Report of an investigation into the causes of malaria in Bombay and the measures necessary for its control
Disease focus: Malaria
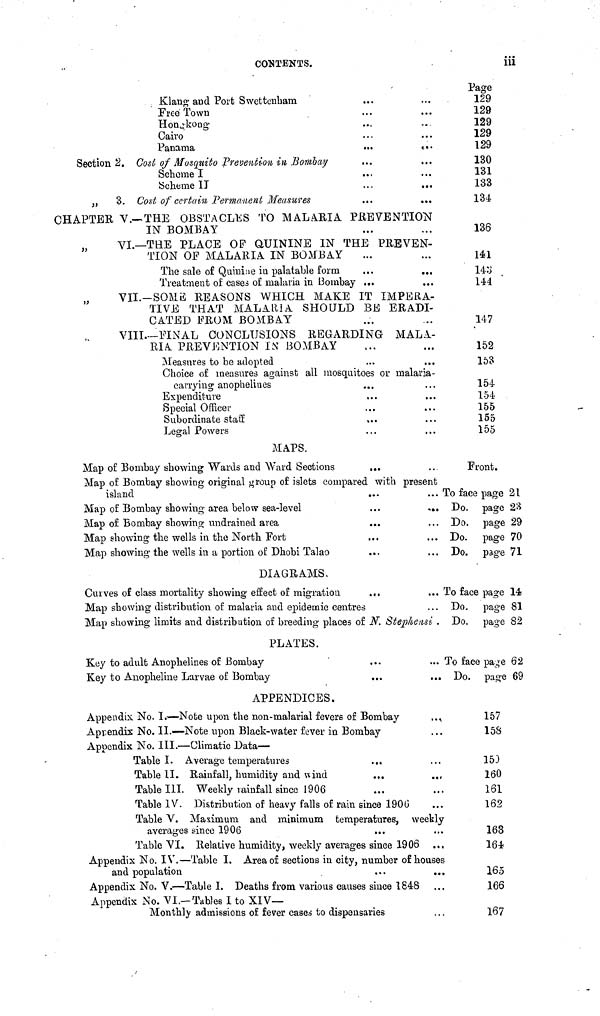
CONTENTS.
iii
Klang and Port Swettenham
Free Town
Hongkong
Cairo
Panama
•••
.••
Section 2. Cost of Mosquito Prevention in Bombay
Scheme I
Scheme IT
...
...
„
3. Cost of certain Permanent Measures
CHAPTER V.—THE OBSTACLES TO MALARIA PREVENTION
IN BOMBAY
VI.—THE PLACE OP QUININE IN THE PREVEN-
TION OF MALARIA IN BOMBAY
The sale of Quinine in palatable form
Treatment of cases of malaria in Bombay ...
VII.—SOME REASONS WHICH MAKE IT IMPERA-
TIVE THAT MALARIA SHOULD BE ERADI-
CATED FROM BOMBAY
VIII.—FINAL CONCLUSIONS REGARDING MALA-
RIA PREVENTION IN BOMBAY
Measures to be adopted
Choice of measures against all mosquitoes or malaria-
carrying anophelines
Expenditure
Special Officer
Subordinate staff
Legal Powers
Page
129
129
129
129
129
130
131
133
134
136
141
143
144
147
152
153
154
154
155
155
155
MAPS.
Map of Bombay showing Wards and Ward Sections
...
Map of Bombay showing original group of islets compared with present
island
...
...
Map of Bombay showing area below sea-level
...
...
Map of Bombay showing undrained area
...
Map showing the wells in the North Fort
Map showing the wells in a portion of Dhobi Talao
DIAGRAMS,
Curves of class mortality showing effect of migration
...
...
Map showing distribution of malaria and epidemic centres
Map showing limits and distribution of breeding places of N. Stephensi .
PLATES.
Key to adult Anophelines of Bombay
Key to Anopheline Larvae of Bombay
APPENDICES.
Appendix No. I.—Note upon the non-malarial fevers of Bombay
...
Appendix No. II.—Note upon Black-water fever in Bombay
Appendix No. III.—Climatic Data—
Table I. Average temperatures
Table II. Rainfall, humidity and wind
...
.,,
Table III. Weekly rainfall since 1906
Table IV. Distribution of heavy falls of rain since 190b'
Table V. Maximum and minimum temperatures, weekly
averages since 1906
Table VI. Relative humidity, weekly averages since 1906
Appendix No. IV.—Table I. Area of sections in city, number of houses
and population
Appendix No. V.—Table I. Deaths from various causes since 1848
Appendix No. VI.—Tables I to XIV—
Monthly admissions of fever cases to dispensaries
Front.
To face page 21
Do. page 23
Do. page 29
Do. page 70
Do. page 71
To face page 14
Do. page 81
Do. page 82
To face page 62
Do. page 69
157
158
153
160
161
162
163
164
165
166
167